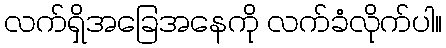
လက်ရှိအခြေအနေကို လက်ခံလိုက်ပါ။